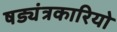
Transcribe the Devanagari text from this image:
षड्यंत्रकारियो